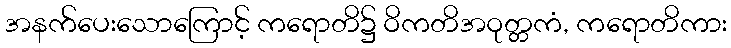
အနက်ပေးသောကြောင့် ကရောတိ၌ ဝိကတိအဝုတ္တကံ, ကရောတိကား